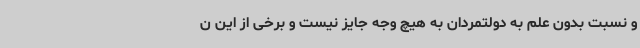
و نسبت بدون علم به دولتمردان به هیچ وجه جایز نیست و برخی از این ن